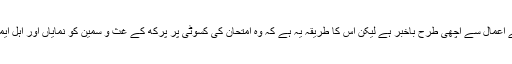
اگرچہ اللہ تعالیٰ ہر ایک کے اعمال سے اچھی طرح باخبر ہے لیکن اس کا طریقہ یہ ہے کہ وہ امتحان کی کسوٹی پر پرکھ کے غث و سمین کو نمایاں اور اہل ایمان کی تطہیر کرتا رہتا ہے۔